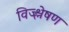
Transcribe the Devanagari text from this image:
विज्श्लेषण